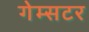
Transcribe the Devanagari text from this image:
गेम्सटर